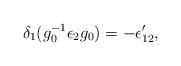
LaTeX: \begin{align*}\delta_1 (g_0^{-1} \epsilon_2 g_0) = - \epsilon'_{12},\end{align*}